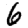
Digit: 6